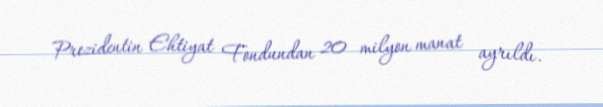
Prezidentin Ehtiyat Fondundan 20 milyon manat ayrıldı.